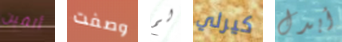
ألفين وصفت لم كيرلي أبدل